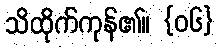
သိထိုက်ကုန်၏။ {၀၆}